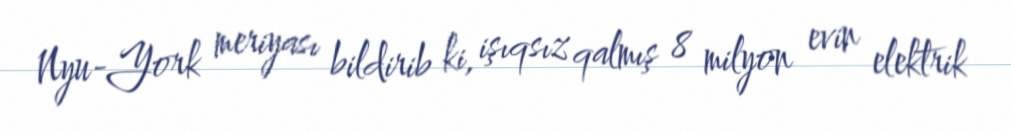
Nyu-York meriyası bildirib ki, işıqsız qalmış 8 milyon evin elektrik